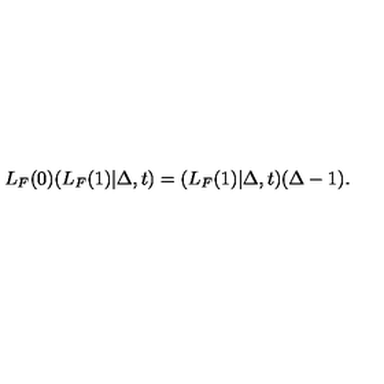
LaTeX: L _ { F } ( 0 ) ( L _ { F } ( 1 ) | \Delta , t ) = ( L _ { F } ( 1 ) | \Delta , t ) ( \Delta - 1 ) .